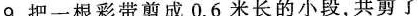
9.把一根彩带剪成0.6米长的小段，共剪了